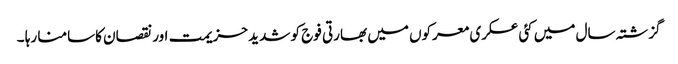
گزشتہ سال میں کئی عسکری معرکوں میں بھارتی فوج کو شدید حزیمت اور نقصان کاسامنا رہا ۔